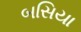
બસિયા